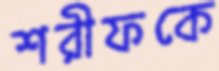
শরীফকে